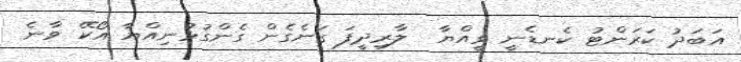
އަބަދު ކަރަންޓު ކެނޑެނީ ވީއްޔާ  ލާރިދީފަ ގަނެގެން ގެންގުޅުނިއްޔާ އޯކޭ ވާނެ